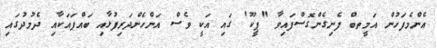
އެންމެފަހުން އަމީތބް ފެނިގެންގޮސްފައިވާ "ޕީކޫ' ގައި އަކީ ވެސް އަންހެންދަރިފުޅާއި ބައްޕައަކާއި ދެމުދުގައި